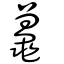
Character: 鼉